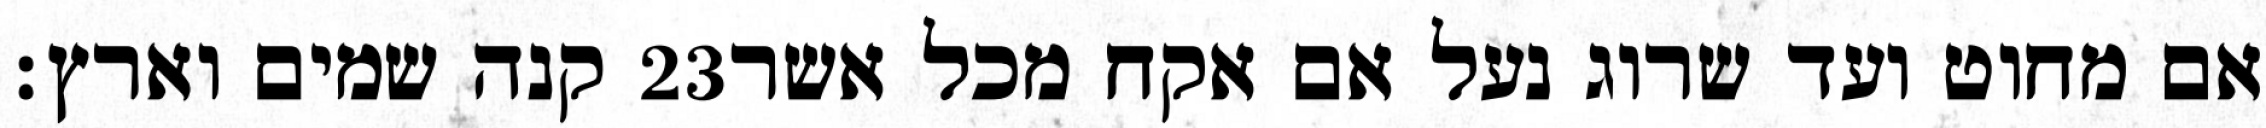
קנה שמים וארץ׃ ‎23‏ אם מחוט ועד שרוג נעל אם אקח מכל אשר